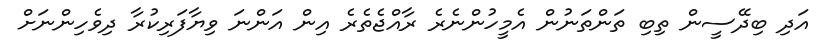
އަދި ބިދޭސީން ތިބި ތަންތަނުން އެމީހުންނެރެ ރާއްޖެތެރެ އިން އަންނަ ވިޔާފަރިކުރާ ދިވެހިންނަށް